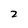
Character: 2